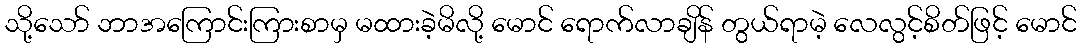
သို့သော် ဘာအကြောင်းကြားစာမှ မထားခဲ့မိလို့ မောင် ရောက်လာချိန် တွယ်ရာမဲ့ လေလွင့်စိတ်ဖြင့် မောင်